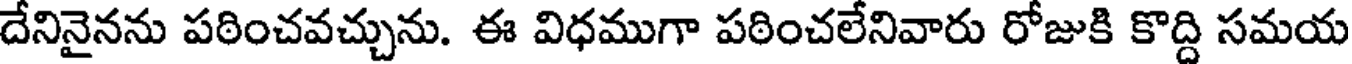
దేనినైనను పఠించవచ్చును. ఈ విధముగా పఠించలేనివారు రోజుకి కొద్ది సమయ